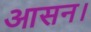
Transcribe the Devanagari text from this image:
आसन।